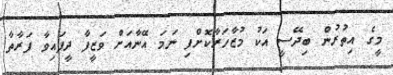
މީގެ އިތުރުން ބިދޭސީ އަކު މުޒާހަރާކޮށްފި ނަމަ އޭނާއަށް ވަޒީފާ ދީފައިވާ ފަރާތާ